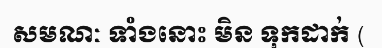
សមណៈ ទាំងនោះ មិន ទុកដាក់ (